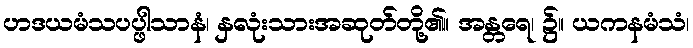
ဟဒယမံသပပ္ဖါသာနံ၊ နှလုံးသားအဆုတ်တို့၏။ အန္တရေ၊ ၌။ ယကနမံသံ၊